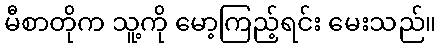
မီစာတိုက သူ့ကို မော့ကြည့်ရင်း မေးသည်။